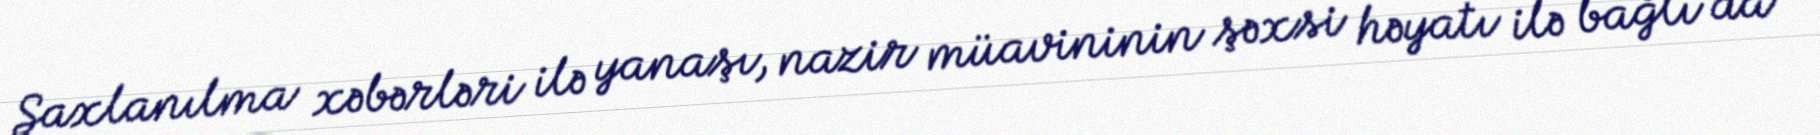
Saxlanılma xəbərləri ilə yanaşı, nazir müavininin şəxsi həyatı ilə bağlı da